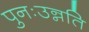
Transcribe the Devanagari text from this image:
पुनःउन्नति